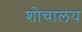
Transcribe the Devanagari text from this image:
शोचालय